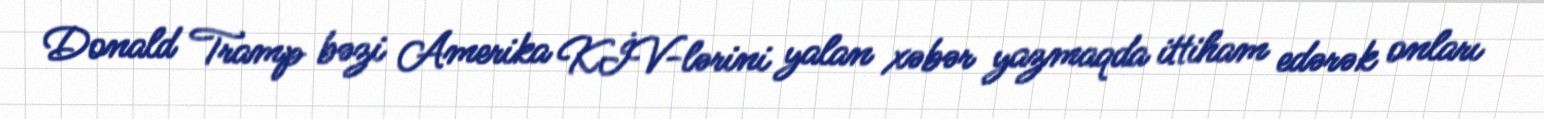
Donald Tramp bəzi Amerika KİV-lərini yalan xəbər yazmaqda ittiham edərək onları